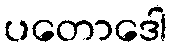
ပတောဒေါ